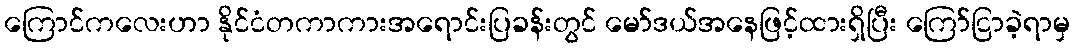
ကြောင်ကလေးဟာ နိုင်ငံတကာကားအရောင်းပြခန်းတွင် မော်ဒယ်အနေဖြင့်ထားရှိပြီး ကြော်ငြာခဲ့ရာမှ